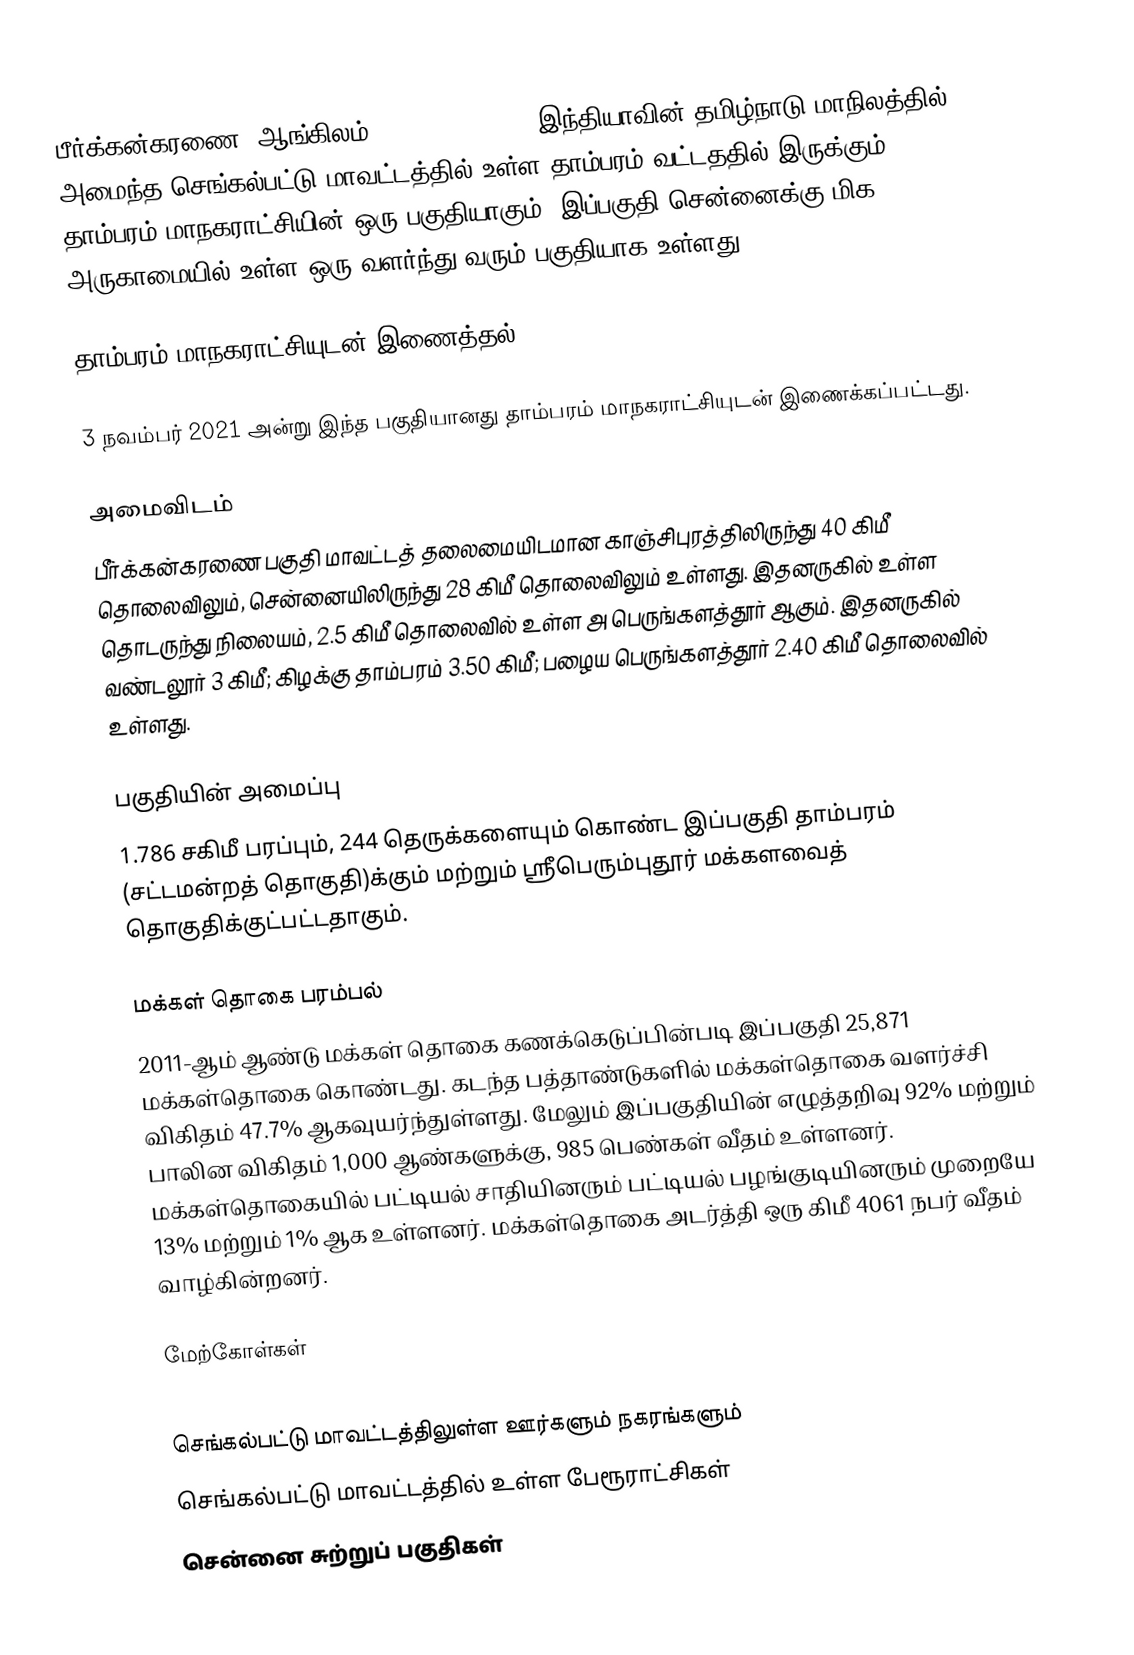
பீர்க்கன்கரணை (ஆங்கிலம்:Peerkankaranai), இந்தியாவின் தமிழ்நாடு மாநிலத்தில் அமைந்த செங்கல்பட்டு  மாவட்டத்தில் உள்ள தாம்பரம் வட்டததில் இருக்கும் தாம்பரம் மாநகராட்சியின் ஒரு பகுதியாகும். இப்பகுதி சென்னைக்கு மிக அருகாமையில் உள்ள ஒரு வளர்ந்து வரும் பகுதியாக உள்ளது.

தாம்பரம் மாநகராட்சியுடன் இணைத்தல்

3 நவம்பர் 2021 அன்று இந்த பகுதியானது    தாம்பரம் மாநகராட்சியுடன் இணைக்கப்பட்டது.

அமைவிடம்
பீர்க்கன்கரணை பகுதி மாவட்டத் தலைமையிடமான காஞ்சிபுரத்திலிருந்து 40 கிமீ தொலைவிலும், சென்னையிலிருந்து 28 கிமீ தொலைவிலும் உள்ளது. இதனருகில் உள்ள  தொடருந்து நிலையம், 2.5 கிமீ தொலைவில் உள்ள அ பெருங்களத்தூர் ஆகும். இதனருகில் வண்டலூர் 3 கிமீ;  கிழக்கு தாம்பரம் 3.50 கிமீ; பழைய பெருங்களத்தூர் 2.40 கிமீ தொலைவில் உள்ளது.

பகுதியின் அமைப்பு
1.786 சகிமீ பரப்பும், 244 தெருக்களையும்  கொண்ட இப்பகுதி தாம்பரம் (சட்டமன்றத் தொகுதி)க்கும்  மற்றும் ஸ்ரீபெரும்புதூர் மக்களவைத் தொகுதிக்குட்பட்டதாகும்.

மக்கள் தொகை பரம்பல்
2011-ஆம் ஆண்டு மக்கள் தொகை கணக்கெடுப்பின்படி இப்பகுதி 25,871 மக்கள்தொகை கொண்டது. கடந்த பத்தாண்டுகளில்  மக்கள்தொகை வளர்ச்சி விகிதம் 47.7% ஆகவுயர்ந்துள்ளது. மேலும் இப்பகுதியின் எழுத்தறிவு  92% மற்றும்  பாலின விகிதம் 1,000 ஆண்களுக்கு,  985 பெண்கள் வீதம் உள்ளனர். மக்கள்தொகையில் பட்டியல் சாதியினரும் பட்டியல் பழங்குடியினரும் முறையே 13% மற்றும் 1% ஆக உள்ளனர். மக்கள்தொகை அடர்த்தி ஒரு கிமீ 4061 நபர் வீதம் வாழ்கின்றனர்.

மேற்கோள்கள்

செங்கல்பட்டு மாவட்டத்திலுள்ள ஊர்களும் நகரங்களும்
செங்கல்பட்டு மாவட்டத்தில் உள்ள பேரூராட்சிகள்
சென்னை சுற்றுப் பகுதிகள்